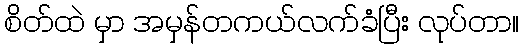
စိတ်ထဲ မှာ အမှန်တကယ်လက်ခံပြီး လုပ်တာ။